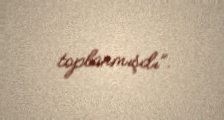
toplanmışdı”.